Triennial report on the lunatic asylums in the province of Eastern Bengal and Assam - 1903-1911
Year: 1903
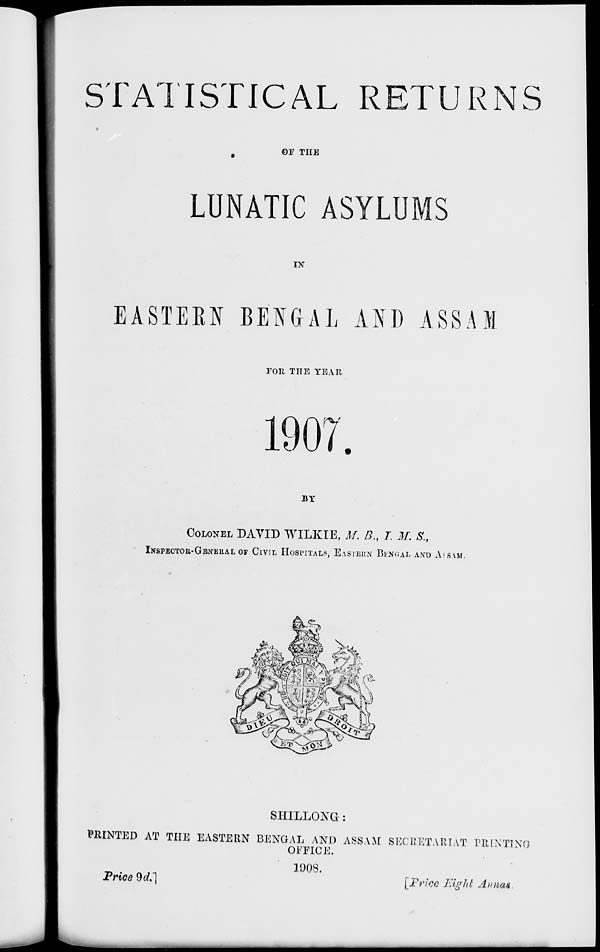
STATISTICAL RETURNS
OF THE
LUNATIC ASYLUMS
IN
EASTERN BENGAL AND ASSAM
FOR THE YEAR
1907.
BY
COLONEL DAVID WILKIE, M. B., I. M. S.,
INSPECTOR-GENERAL OF CIVIL HOSPITALS, EASTERN BENGAL AND ASSAM.
SHILLONG:
PRINTED AT THE EASTERN BENGAL AND ASSAM SECRETARIAT PRINTING
OFFICE.
1908.
Price 9d.]
[Price Eight Annas